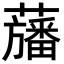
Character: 𮒳